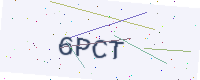
Text: 6PCT